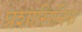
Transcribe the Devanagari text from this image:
प्रशासिनिक